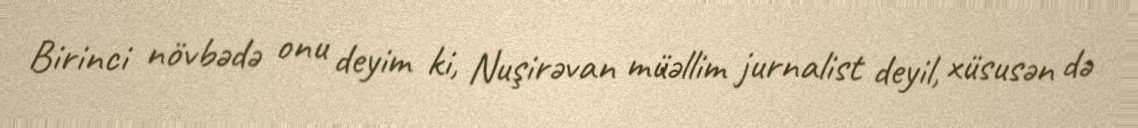
Birinci növbədə onu deyim ki, Nuşirəvan müəllim jurnalist deyil, xüsusən də